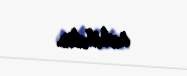
sahibdir.